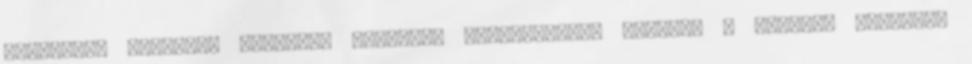
részletes keresés. Tudástár Hyper-V: számítógépes hálózat a zsebben Tudástár